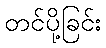
တင်ပို့ခြင်း